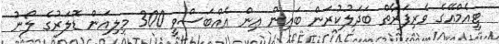
ޓީއެމްއޭގެ ވެރިފަރާތް ބަދަލުކުރަން ބައިން އިން އެއްބަސްވީ 300 މިލިއަން ޑޮލަރުގެ ލޯނު